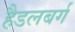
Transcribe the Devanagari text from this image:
हैडलबर्ग